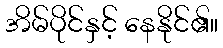
အိမ်ပိုင်နှင့် နေနိုင်၏။